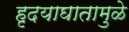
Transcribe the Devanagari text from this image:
हृदयाघातामुळे